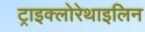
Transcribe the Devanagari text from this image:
ट्राइक्लोरेथाइलिन